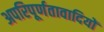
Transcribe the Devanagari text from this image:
अपरिपूर्णतावादियों